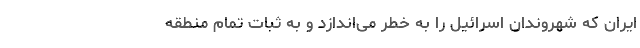
ایران که شهروندان اسرائیل را به خطر می‌اندازد و به ثبات تمام منطقه